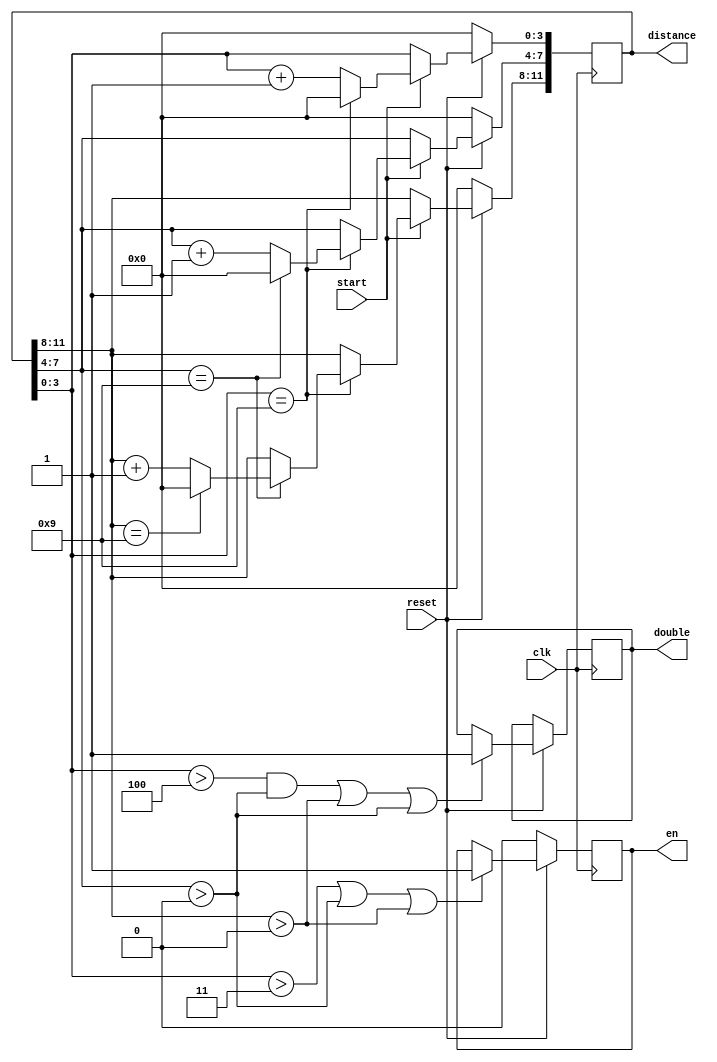
module distance_count(clk,start,reset,distance,en,double);
input clk,start,reset;  
output reg[11:0] distance;
output reg en,double;
always@(posedge clk )
begin
	if(!reset)
		distance<=12'd0;
	else if(start)
	begin
		if(distance[3:0]==9)begin
			distance[3:0]<=4'd0;
			if(distance[7:4]==9) begin
				distance[7:4]<=4'd0;
				if(distance[11:8]==9)
					distance[11:8]<=4'd0;
				else 
					distance[11:8]<= distance[11:8]+1'd1; 
			end
			else
				distance[7:4]<= distance[7:4]+1'd1; 		
		end
	   else	
			distance[3:0]<= distance[3:0]+1'd1; 
	end
end
always@(posedge clk )begin
	if(!reset)
		en<=1'b0;
	else begin 
		if((distance[3:0]>4'd3)||(distance[7:4]>4'd0)||(distance[11:8]>4'd0))
			en<=1'b1;
		if(((distance[3:0]>4'd4)&&(distance[7:4]>4'd0))||(distance[11:8]>4'd0)||(distance[7:4]>4'd0))
			double<=1'b1;
	end
end
endmodule